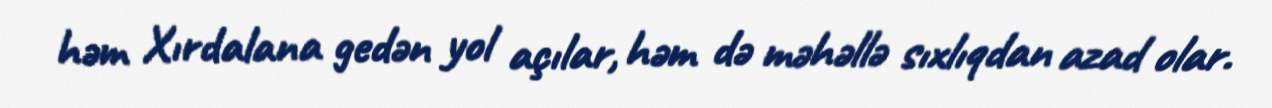
həm Xırdalana gedən yol açılar, həm də məhəllə sıxlıqdan azad olar.